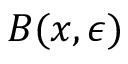
B ( x , \epsilon )